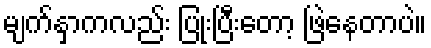
မျက်နှာကလည်း ပြုံးပြီးတော့ ဖြဲနေတာပဲ။